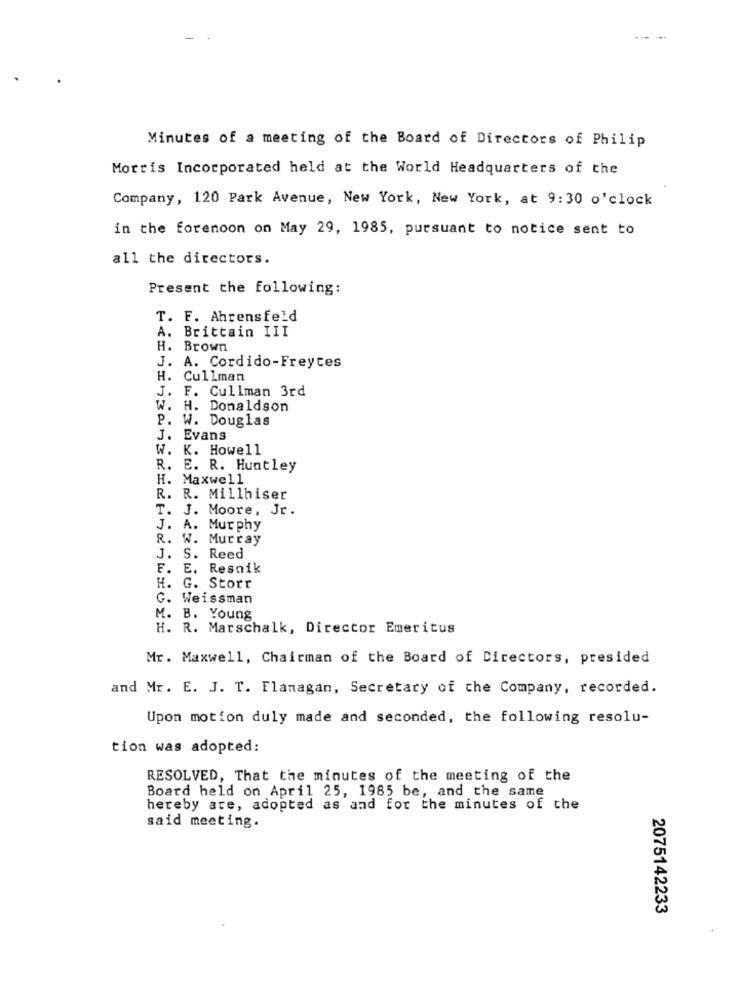
Minutes of a meeting of the Board of Directors of Philip
Morris Incorporated held at the World Headquarters of the
Company, 120 Park Avenue, New York, New York, at 9:30 o'clock
in the forenoon on May 29, 1985, pursuant to notice sent to
all the directors.
Present the following:
T. F. Ahrensfeld
A. Brittain III
H. Brown
J. A. Cordido-Freytes
H. Cullman
J. F. Cullman 3rd
W. H. Donaldson
P. W. Douglas
J. Evans
W. K. Howell
R. E. R. Huntley
H. Maxwell
R. R. Millhiser
T. J. Moore, Jr.
J. A. Murphy
R. W. Murray
J. S. Reed
F.
E. Resnik
H. G. Storr
G. Weissman
M. B. Young
H. R. Marschalk, Director Emeritus
Mr. Maxwell, Chairman of the Board of Directors, presided
and Mr. E. J. T. Flanagan, Secretary of the Company, recorded.
Upon motion duly made and seconded, the following resolu-
tion was adopted:
RESOLVED, That the minutes of the meeting of the
Board held on April 25, 1985 be, and the same
hereby are, adopted as and for the minutes of the
said meeting.
2075142233